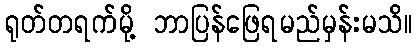
ရုတ်တရက်မို့ ဘာပြန်ဖြေရမည်မှန်းမသိ။